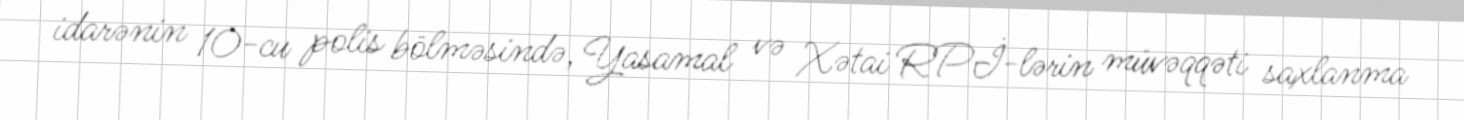
idarənin 10-cu polis bölməsində, Yasamal və Xətai RPİ-lərin müvəqqəti saxlanma